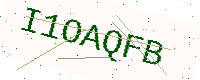
Text: I1OAQFB